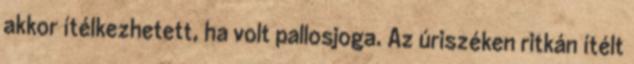
akkor ítélkezhetett, ha volt pallosjoga. Az úriszéken ritkán ítélt